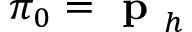
\pi _ { 0 } = \textbf { p } _ { h }